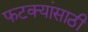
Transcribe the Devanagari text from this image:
फटक्यांसाठी